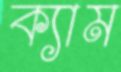
ক্যাম